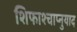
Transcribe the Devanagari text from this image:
शिफाश्चाप्नुयाद